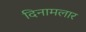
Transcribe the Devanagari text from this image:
दिनामलार